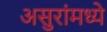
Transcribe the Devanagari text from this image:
असुरांमध्ये